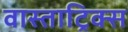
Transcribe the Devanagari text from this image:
वास्ताट्रिक्स